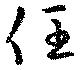
任